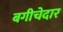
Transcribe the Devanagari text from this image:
बगीचेदार